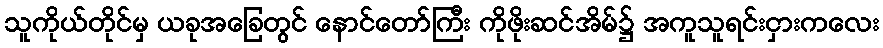
သူကိုယ်တိုင်မှ ယခုအခြေတွင် နောင်တော်ကြီး ကိုဖိုးဆင်အိမ်၌ အကူသူရင်းငှားကလေး